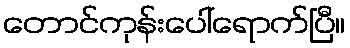
တောင်ကုန်းပေါ်ရောက်ပြီ။